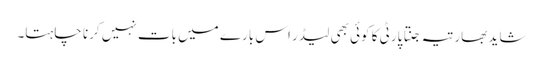
شاید بھارتیہ جنتا پارٹی کا کوئی بھی لیڈر اس بارے میں بات نہیں کرنا چاہتا۔